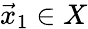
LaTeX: {\vec{x}}_{1}\in X